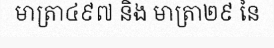
មាត្រា៤៩៧ និង មាត្រា២៩ នៃ